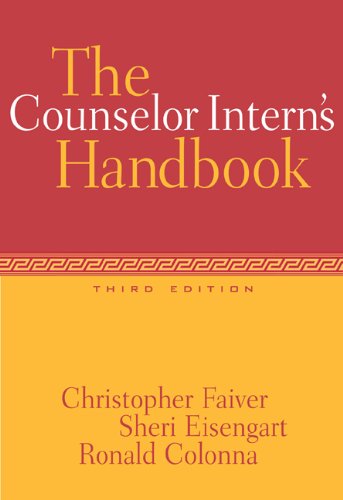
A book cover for The Counselor Intern's Handbook (Practicum / Internship); Christopher M. Faiver; Medical Books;